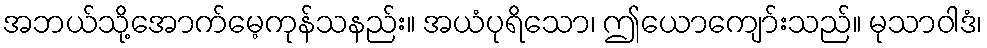
အဘယ်သို့အောက်မေ့ကုန်သနည်း။ အယံပုရိသော၊ ဤယောကျော်းသည်။ မုသာဝါဒံ၊